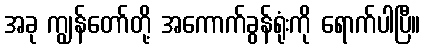
အခု ကျွန်တော်တို့ အကောက်ခွန်ရုံးကို ရောက်ပါပြီ။